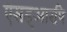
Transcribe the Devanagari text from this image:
एसइआरपि